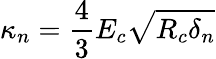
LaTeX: \kappa_{n}=\frac{4}{3}E_{c}\sqrt{R_{c}\delta_{n}}